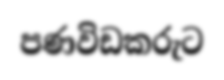
පණවිඩකරුට